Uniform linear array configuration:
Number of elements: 48
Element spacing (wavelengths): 0.5
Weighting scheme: binomial
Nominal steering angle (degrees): -30
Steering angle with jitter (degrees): -30.636
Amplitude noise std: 0.05
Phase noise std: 0.05

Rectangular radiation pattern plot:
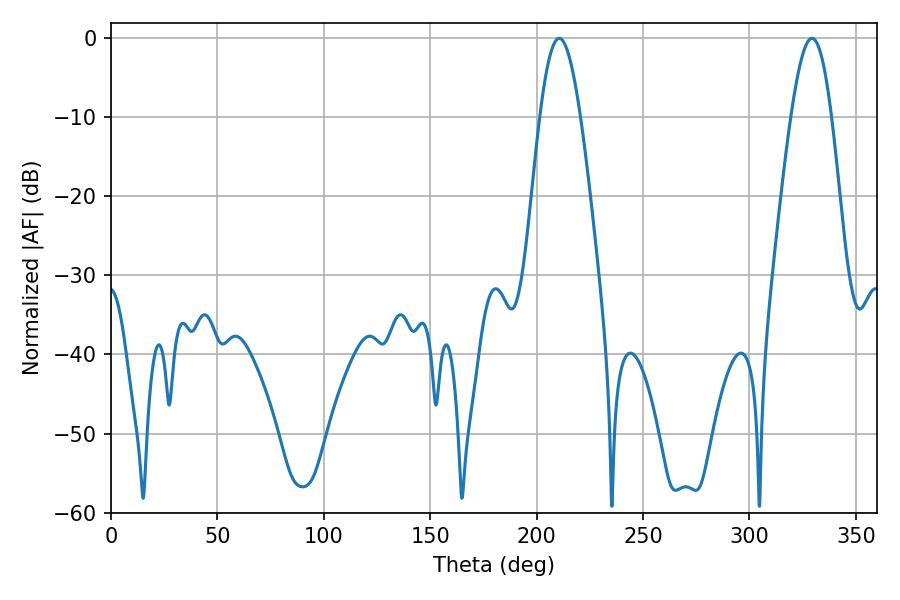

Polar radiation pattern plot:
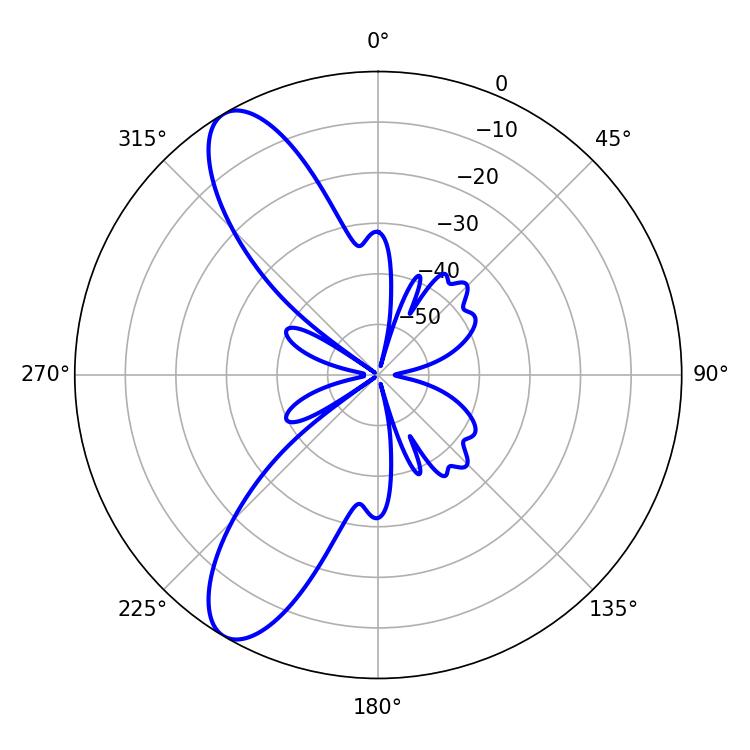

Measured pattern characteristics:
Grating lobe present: FALSE
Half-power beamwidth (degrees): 10.26
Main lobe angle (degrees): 210.6